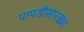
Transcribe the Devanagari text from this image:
पापडीसारख्या